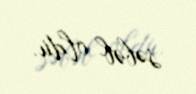
səbəb oldu.